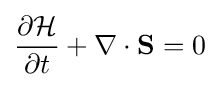
{\frac {\partial {\mathcal {H}}}{\partial t}}+\nabla \cdot \mathbf {S} =0